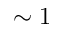
\sim 1